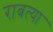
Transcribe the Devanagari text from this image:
राबत्या